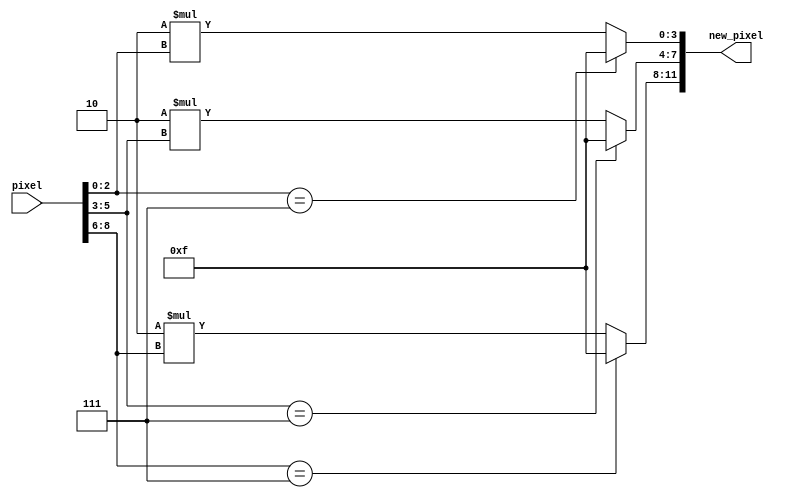
`timescale 1ns / 1ps
//////////////////////////////////////////////////////////////////////////////////
// Company: 
// Engineer: 
// 
// Design Name: 
// Module Name: nine_to_twe
// Project Name: 
// Target Devices: 
// Tool Versions: 
// Description: 
// 
// Dependencies: 
// 
// Revision:
// Revision 0.01 - File Created
// Additional Comments:
// 
//////////////////////////////////////////////////////////////////////////////////


module nine_to_twe(pixel,new_pixel);
    input [8:0] pixel;
    output [11:0] new_pixel;

    assign new_pixel[3:0]= (pixel[2:0]==3'b111) ? 4'b1111 : 2*pixel[2:0];
    assign new_pixel[7:4]= (pixel[5:3]==3'b111) ? 4'b1111 : 2*pixel[5:3];
    assign new_pixel[11:8]=(pixel[8:6]==3'b111) ? 4'b1111 : 2*pixel[8:6];

endmodule